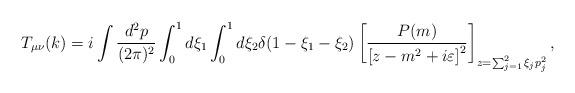
LaTeX: \begin{align*}T_{\mu\nu}(k)=i\int \frac{d^2p}{(2\pi )^2}\int_0^1d\xi_1\int_0^1d\xi_2\delta (1-\xi_1-\xi_2) \left[\frac{ P(m)}{\left[ z -m^2+i\varepsilon\right]^2 }\right]_{z=\sum_{j=1}^2\xi_jp_j^2},\end{align*}